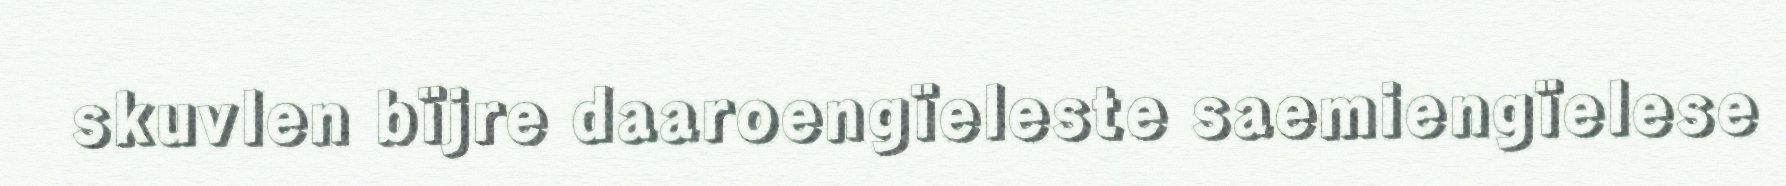
skuvlen bïjre daaroengïeleste saemiengïelese